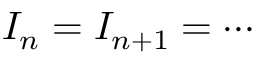
I _ { n } = I _ { n + 1 } = \cdots